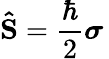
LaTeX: \mathbf{\hat{S}}={\frac{\hbar}{2}}{\boldsymbol{\sigma}}\,